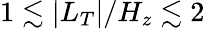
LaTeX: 1\lesssim|L_{T}|/H_{z}\lesssim 2